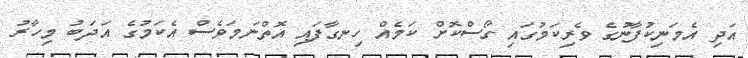
އަދި އެމަނިކުފާނުގެ ވެރިކަމުގައި ގޯސްކޮށް ކަމެއް ހިނގާފައި އޮތްނަމަވެސް އެކަމުގެ އަދަބު މިހާރު